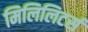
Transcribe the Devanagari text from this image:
मिलिलिटर्स